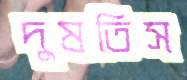
দুষতিস